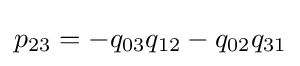
p_{23}=-q_{03}q_{12}-q_{02}q_{31}